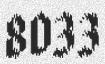
8033